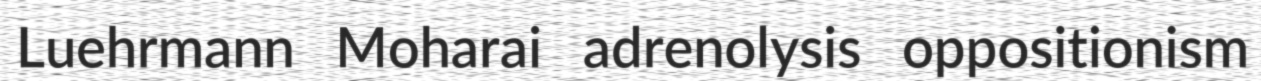
Luehrmann Moharai adrenolysis oppositionism